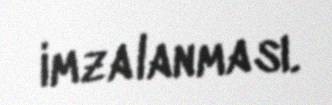
imzalanması.